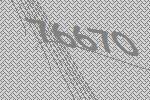
76670